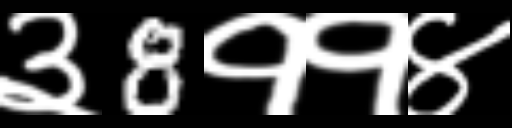
Text: ३8११४